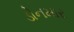
ડોનમાર